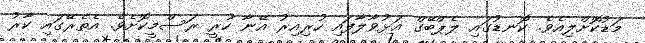
މަޑުކޮށްލިއެވެ. ކޮނޑުގައި ލެޕްބޭގް އަޅުވާލާފައި ހުރިއިރު އޭނާ ހުރީ ރަސްމީކޮށެވެ. އެތެރޭގައި ކާރު